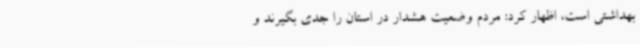
بهداشتی است، اظهار کرد: مردم وضعیت هشدار در استان را جدی بگیرند و